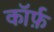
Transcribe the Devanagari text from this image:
कॉर्फ़